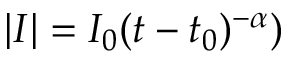
| I | = I _ { 0 } ( t - t _ { 0 } ) ^ { - \alpha } )